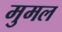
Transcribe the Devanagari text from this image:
मुमल